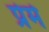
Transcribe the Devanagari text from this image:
प्रेमे